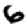
Digit: 6